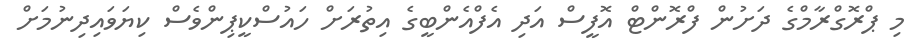
މި ޕްރޮގްރާމްގެ ދަށުން ފްރޮންޓް އޮފީސް އަދި އެފްއެންބީގެ އިތުރަށް ހައުސްކީޕިންވެސް ކިޔަވައިދިނުމަށް